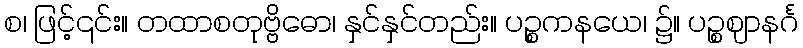
စ၊ ဖြင့်၎င်း။ တထာစတုဗ္ဗိဓော၊ နှင်နှင်တည်း။ ပဉ္စကနယေ၊ ၌။ ပဉ္စဈာနင်္ဂ